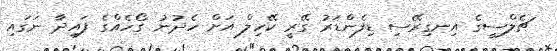
ޗެލްސީގެ އިނގިރޭސި ޑިފެންޑަރު ގޭރީ ކޭހިލް އަށް ހެދުނު ގޯހެއްގެ ފައިދާ ނަގައި